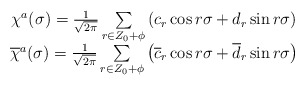
\begin{align*}\begin{array}{ccc}\chi ^a(\sigma )=\frac 1{\sqrt{2\pi }}\sum\limits_{r\in Z_0+\phi }\left(c_r\cos {r\sigma }+d_r\sin {r\sigma }\right) & & \\ \overline{\chi }^a(\sigma )=\frac 1{\sqrt{2\pi }}\sum\limits_{r\in Z_0+\phi}\left( \overline{c}_r\cos {r\sigma }+\overline{d}_r\sin {r\sigma }\right) & & \end{array}\end{align*}